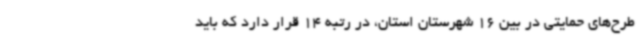
طرح‌های حمایتی در بین 16 شهرستان استان، در رتبه 14 قرار دارد که باید